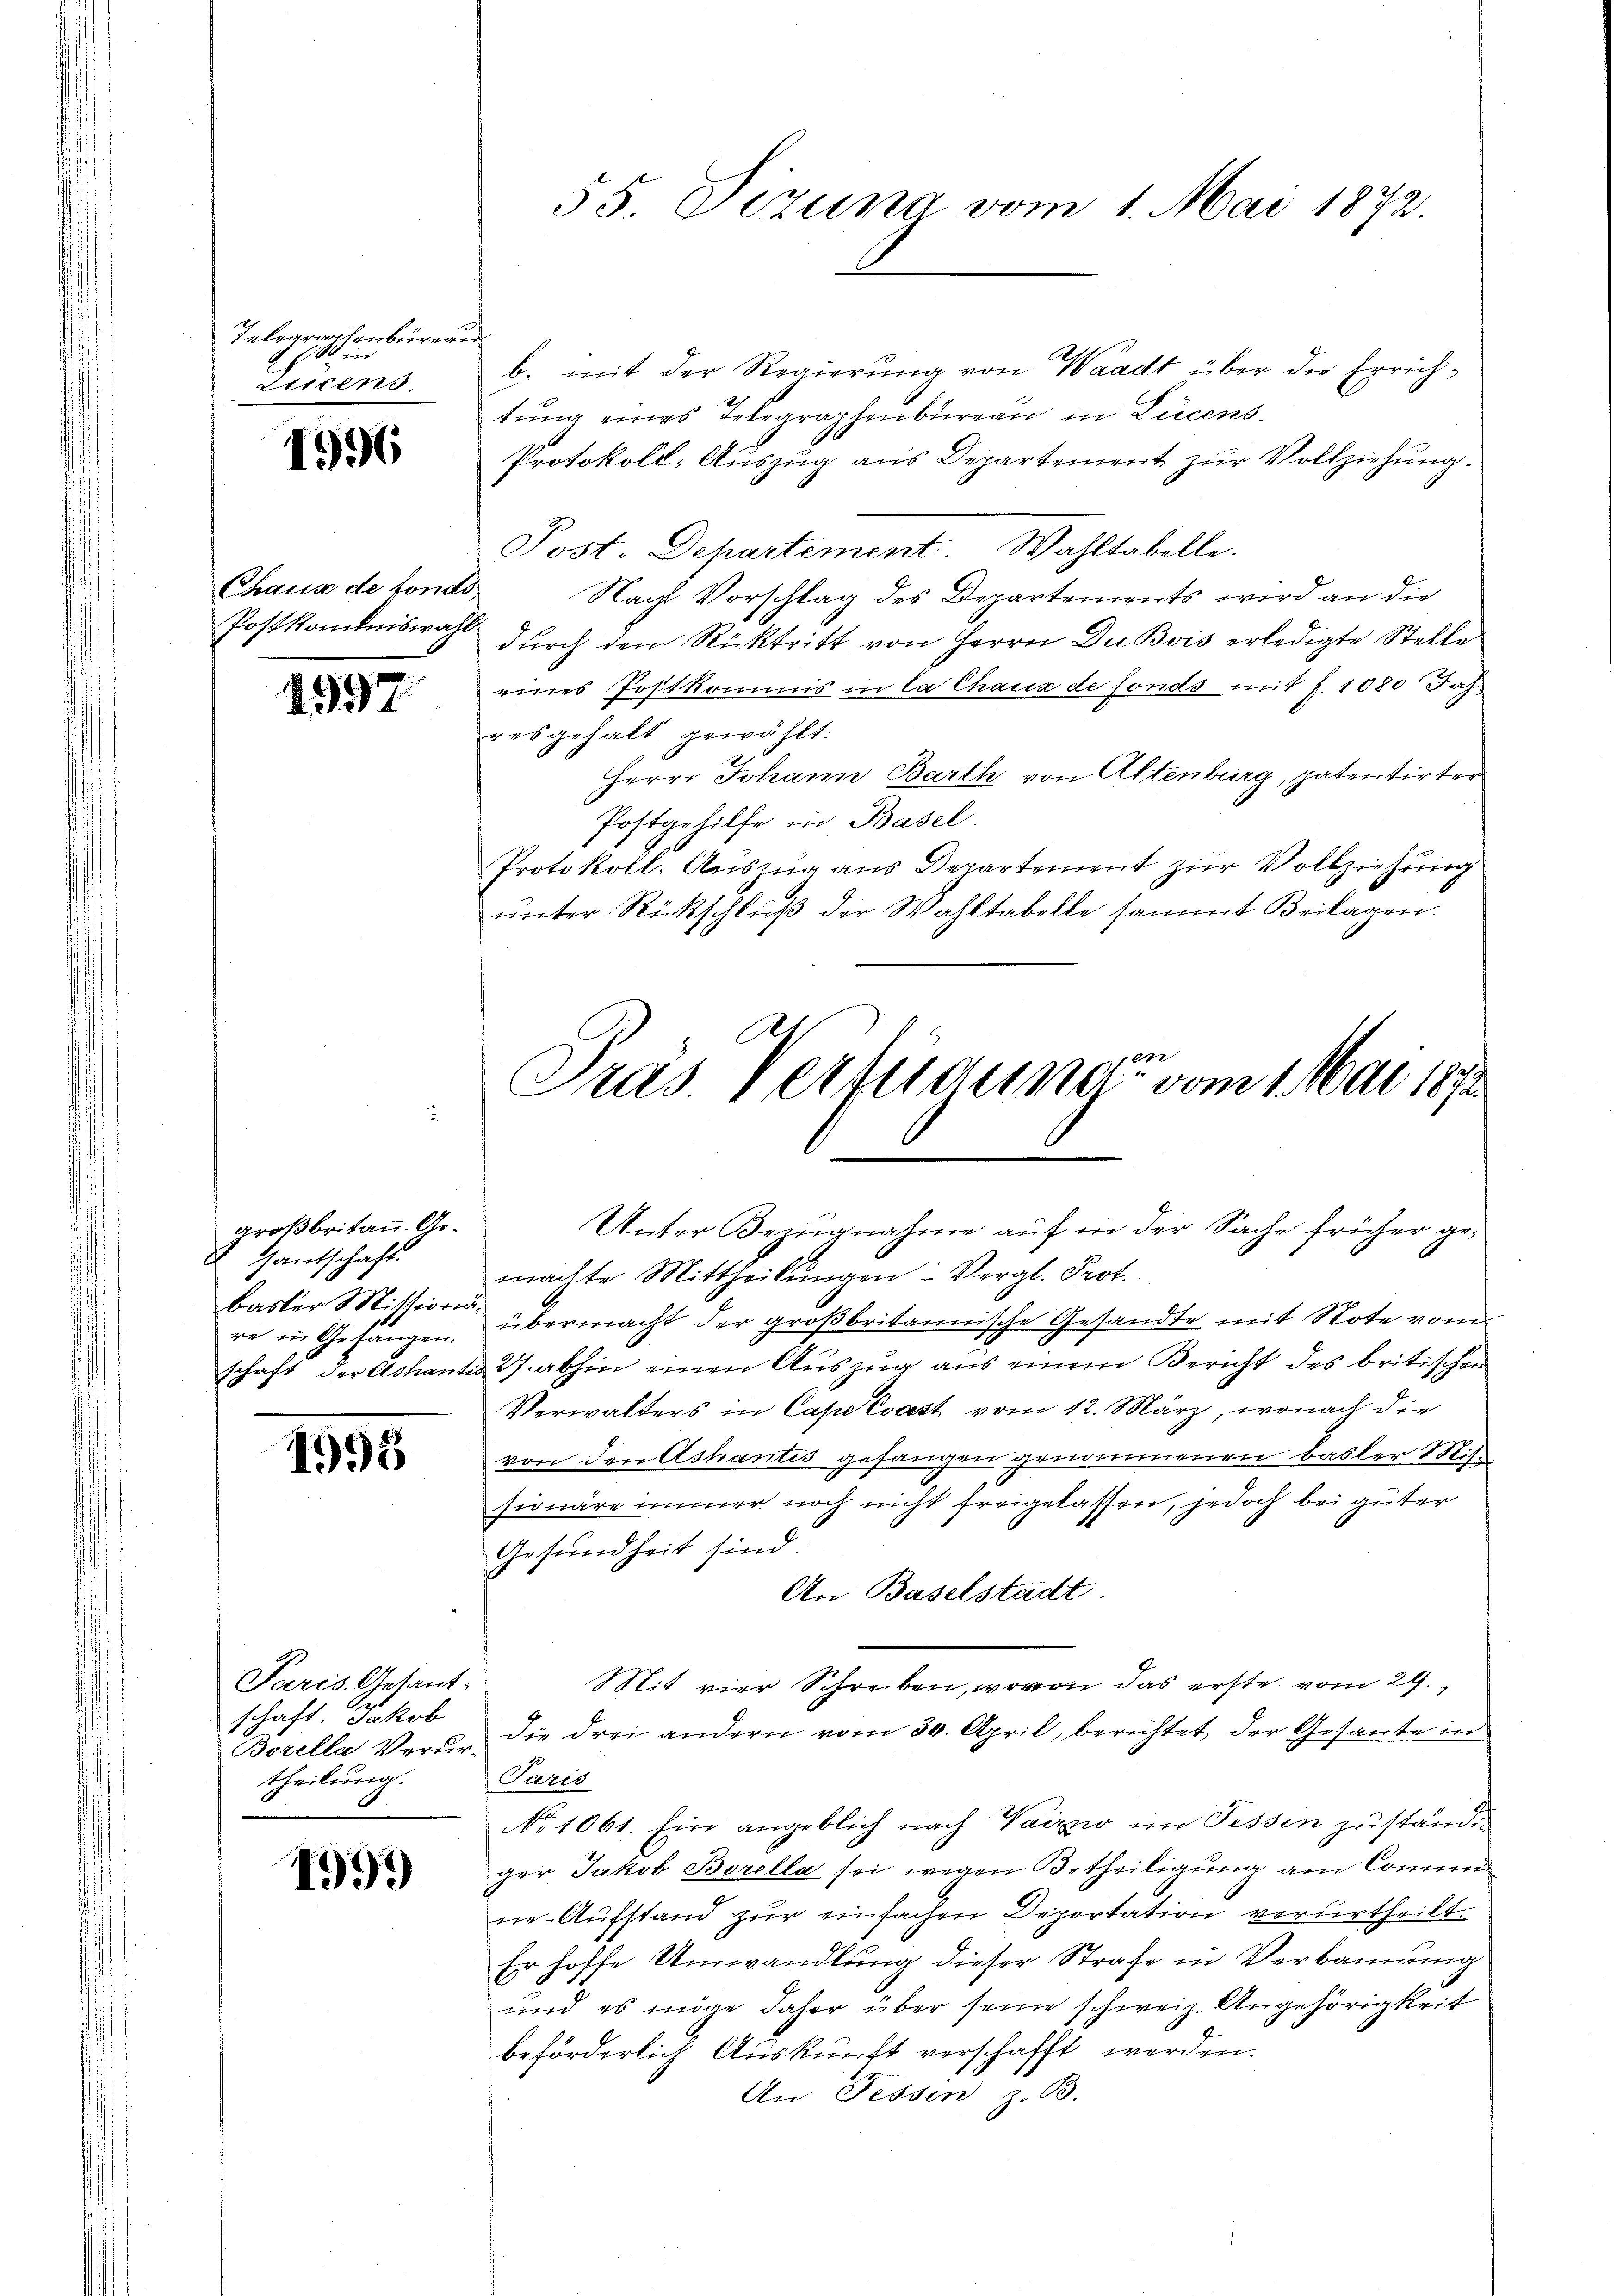
Telegraphenburg
   ein
Littens

156

Chaus de fondo
Postkommniswahl

1597.

großbritann. Ge¬
Gautschaft.
basler Mitting
re in Gefängen.
schaft der Achanti

1995

Paris Gesant-
schaft. Jakob
Borella Verurtheilung.

1995)

55 Dezung vom 1. Mai 1872.

¬
b. mit der Regierung von Waadt über der Errichtung eines Telegraphenbureau in Lucens
Protokoll-Auszug aus Departement zur Vollziehung.
Post. Departement. Wahltabelle.
Nacht Vorschlag des Departements wird an die
durch den Rücktritt von Herrn Du Bois erledigte Stelle
eines Postkommis in la Chaux de fonds mit §. 1080 Jahresgehalt gewählt:
Herrn Johann Barth von Altenburg, patentirter
Postgehilfe in Basel
Protokoll. Auszug aus Departement zur Vollziehung
ŭnter Rückschluß der Wahltabelle sammt Beilagen.

Unter Bezugnahme auf in der Sache früher ge¬

Pras Vertraume vom 1. Mai 1891

machte Mittheilŭngen Vergl. Prot.
übermacht der großbritannische Gesandte mit Note vom
27. abhin einen Auszug aus einem Bericht des britischen
Verwalters in Cape Evast vom 12. März, wonach die
von den Ashantis gefangen genommenen Basler 187.
seiwäre immer noch nicht freigelassen, jedoch bei güter
Gesundheit sind.
An Baselstadt
Mit vier Schreiben, wovon das erste vom 29.
die drei andern vom 30. April, berichtet der Gesante in
Paris
No 1061. Ein angeblich nach Vaizzo im Tessin zuständig
ger Jakob Borella sei wegen Betheiligung am Commine-Aufstand zur einfachen Deportation verurtheilt.
Er hoffe Umwandlung dieser Strafe in Verbannung
und es möge daher über seine schweiz. Angehörigkeit
beförderlich Auskunft verschafft werden.
An Fessen z. B.